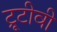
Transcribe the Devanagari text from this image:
ट्रूटीवी